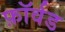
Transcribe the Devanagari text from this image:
फ़ॉर्वड